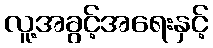
လူ့အခွင့်အရေးနှင့်